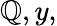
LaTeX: \mathbb{Q},y,